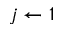
j \gets 1